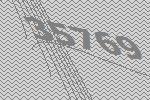
35769